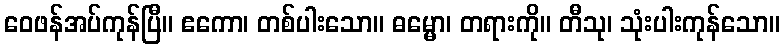
ဝေဖန်အပ်ကုန်ပြီ။ ဧကော၊ တစ်ပါးသော။ ဓမ္မော၊ တရားကို။ တီသု၊ သုံးပါးကုန်သော။